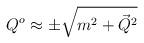
LaTeX: \begin{align*}Q^o\approx \pm \sqrt{m^2+{\vec Q}^2}\end{align*}